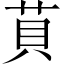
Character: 𦮷